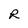
Character: R